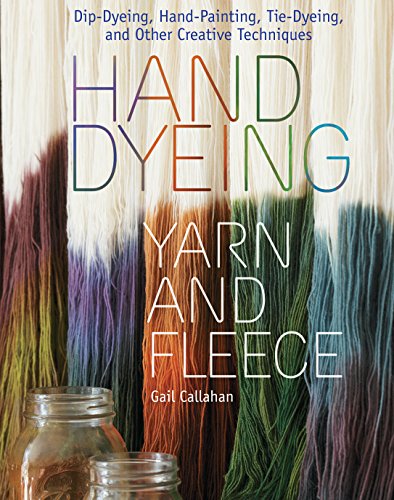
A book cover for Hand Dyeing Yarn and Fleece: Custom-Color Your Favorite Fibers with Dip-Dyeing, Hand-Painting, Tie-Dyeing, and Other Creative Techniques; Gail Callahan; Crafts, Hobbies & Home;